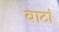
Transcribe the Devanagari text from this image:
बाटां